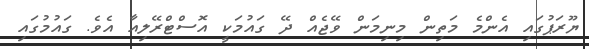
ޔޫރަޕުގައި އެންމެ މަތިން މިނިމަން ވޭޖެއް ދޭ ގައުމަކީ އޮސްޓްރޭލިއާ އެވެ. ގައުމުގައި